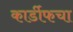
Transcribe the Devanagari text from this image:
कार्डीफचा